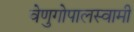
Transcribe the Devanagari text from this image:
वेणुगोपालस्‍वामी